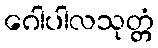
ဂေါပါလသုတ္တံ